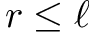
r \le \ell